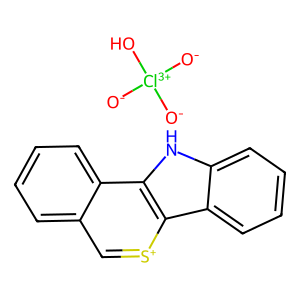
SMILES: [O-][Cl+3]([O-])([O-])O.c1ccc2c(c1)c[s+]c1c3ccccc3[nH]c21
Inhibits HIV replication: No